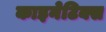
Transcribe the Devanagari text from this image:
काइनेटिक्स